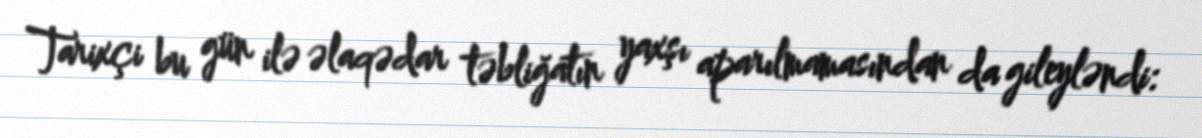
Tarixçi bu gün ilə əlaqədar təbliğatın yaxşı aparılmamasından da gileyləndi: